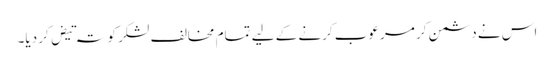
اس نے دشمن کر مرعوب کرنے کے لیے تمام مخالف لشکر کو تہ تیض کر دیا۔